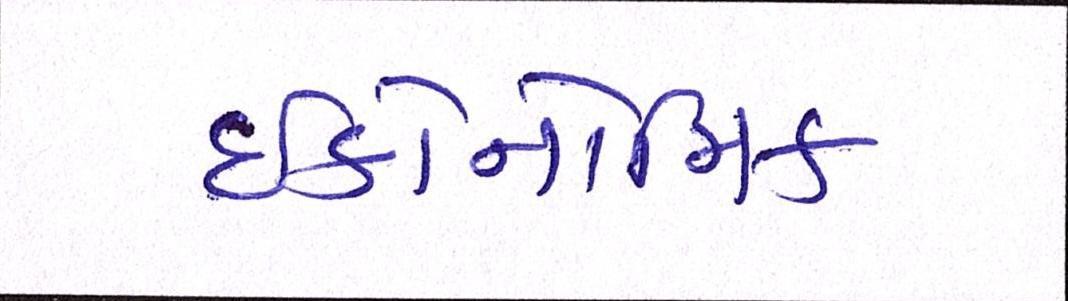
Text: ઇકોનોમિક